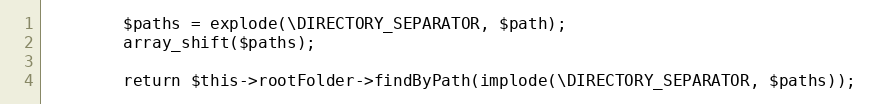
Language: PHP
        $paths = explode(\DIRECTORY_SEPARATOR, $path);
        array_shift($paths);

        return $this->rootFolder->findByPath(implode(\DIRECTORY_SEPARATOR, $paths));